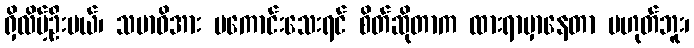
ရှိလိမ့်ဦးမယ်၊ သမာဓိအား မကောင်းသေးရင် စိတ်ဆိုတာက ထားရာမှာနေတာ မဟုတ်ဘူး၊